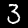
Label: 3